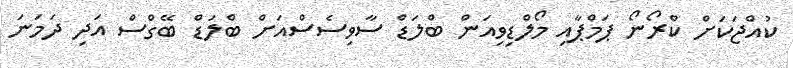
ކުއްޖަކަށް ކްރޯނޯ ޕަމްޕާއި މޯލްޑިވިއަން ބްލަޑް ސާވިސެސްއަށް ބްލަޑް ބޭގްސް އަދި ދަމަނަ